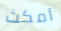
أمكث